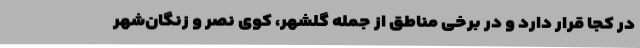
در کجا قرار دارد و در برخی مناطق از جمله گلشهر، کوی نصر و زنگان‌شهر